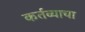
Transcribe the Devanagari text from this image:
कर्तव्याचा